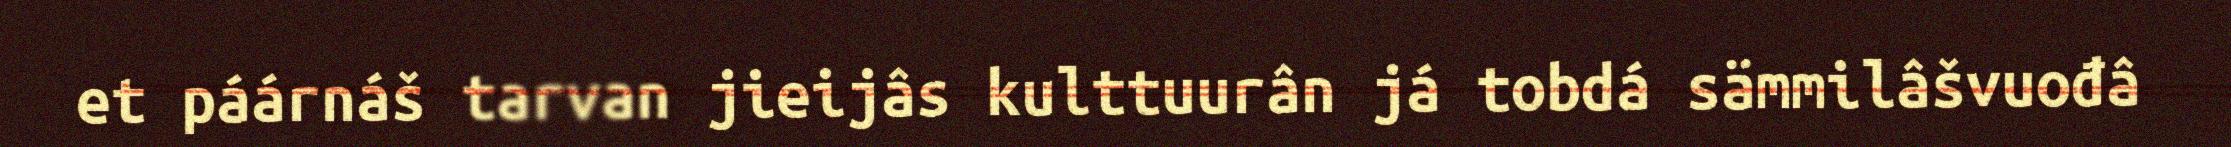
et páárnáš tarvan jieijâs kulttuurân já tobdá sämmilâšvuođâ